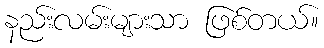
နည်းလမ်းများသာ ဖြစ်တယ်။